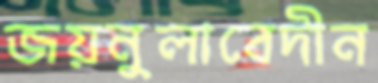
জয়নুলাবেদীন